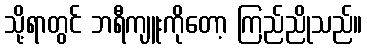
သို့ရာတွင် ဘရီကျူးကိုတော့ ကြည်ညိုသည်။